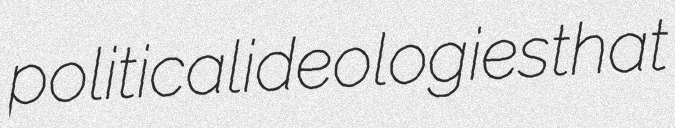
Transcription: political ideologies that